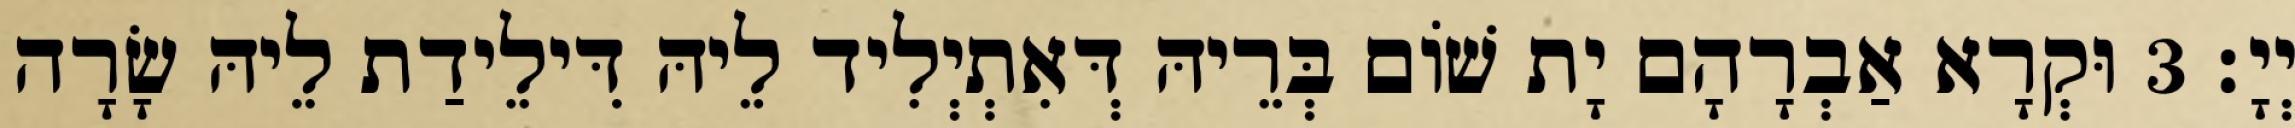
יְיָ׃ 3 וּקְרָא אַבְרָהָם יָת שׁוֹם בְּרֵיהּ דְּאִתְיְלִיד לֵיהּ דִּילֵידַת לֵיהּ שָׂרָה